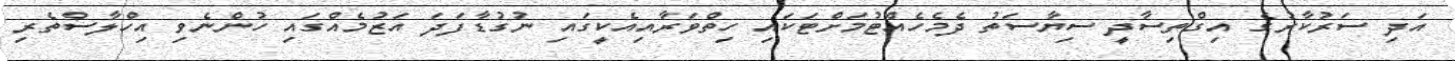
އަދި ސަރުކާރުގެ އިގްތިސާދީ ސިޔާސަތު ދެމެހެއްޓުމަށްޓަކައި ހިތްވަރާއިއެކީގައި ނުގުޑާފަދަ އަޒުމެއްގައި ހުންނެވި އިހްލާސްތެރި